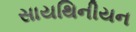
સાયથિનીયન